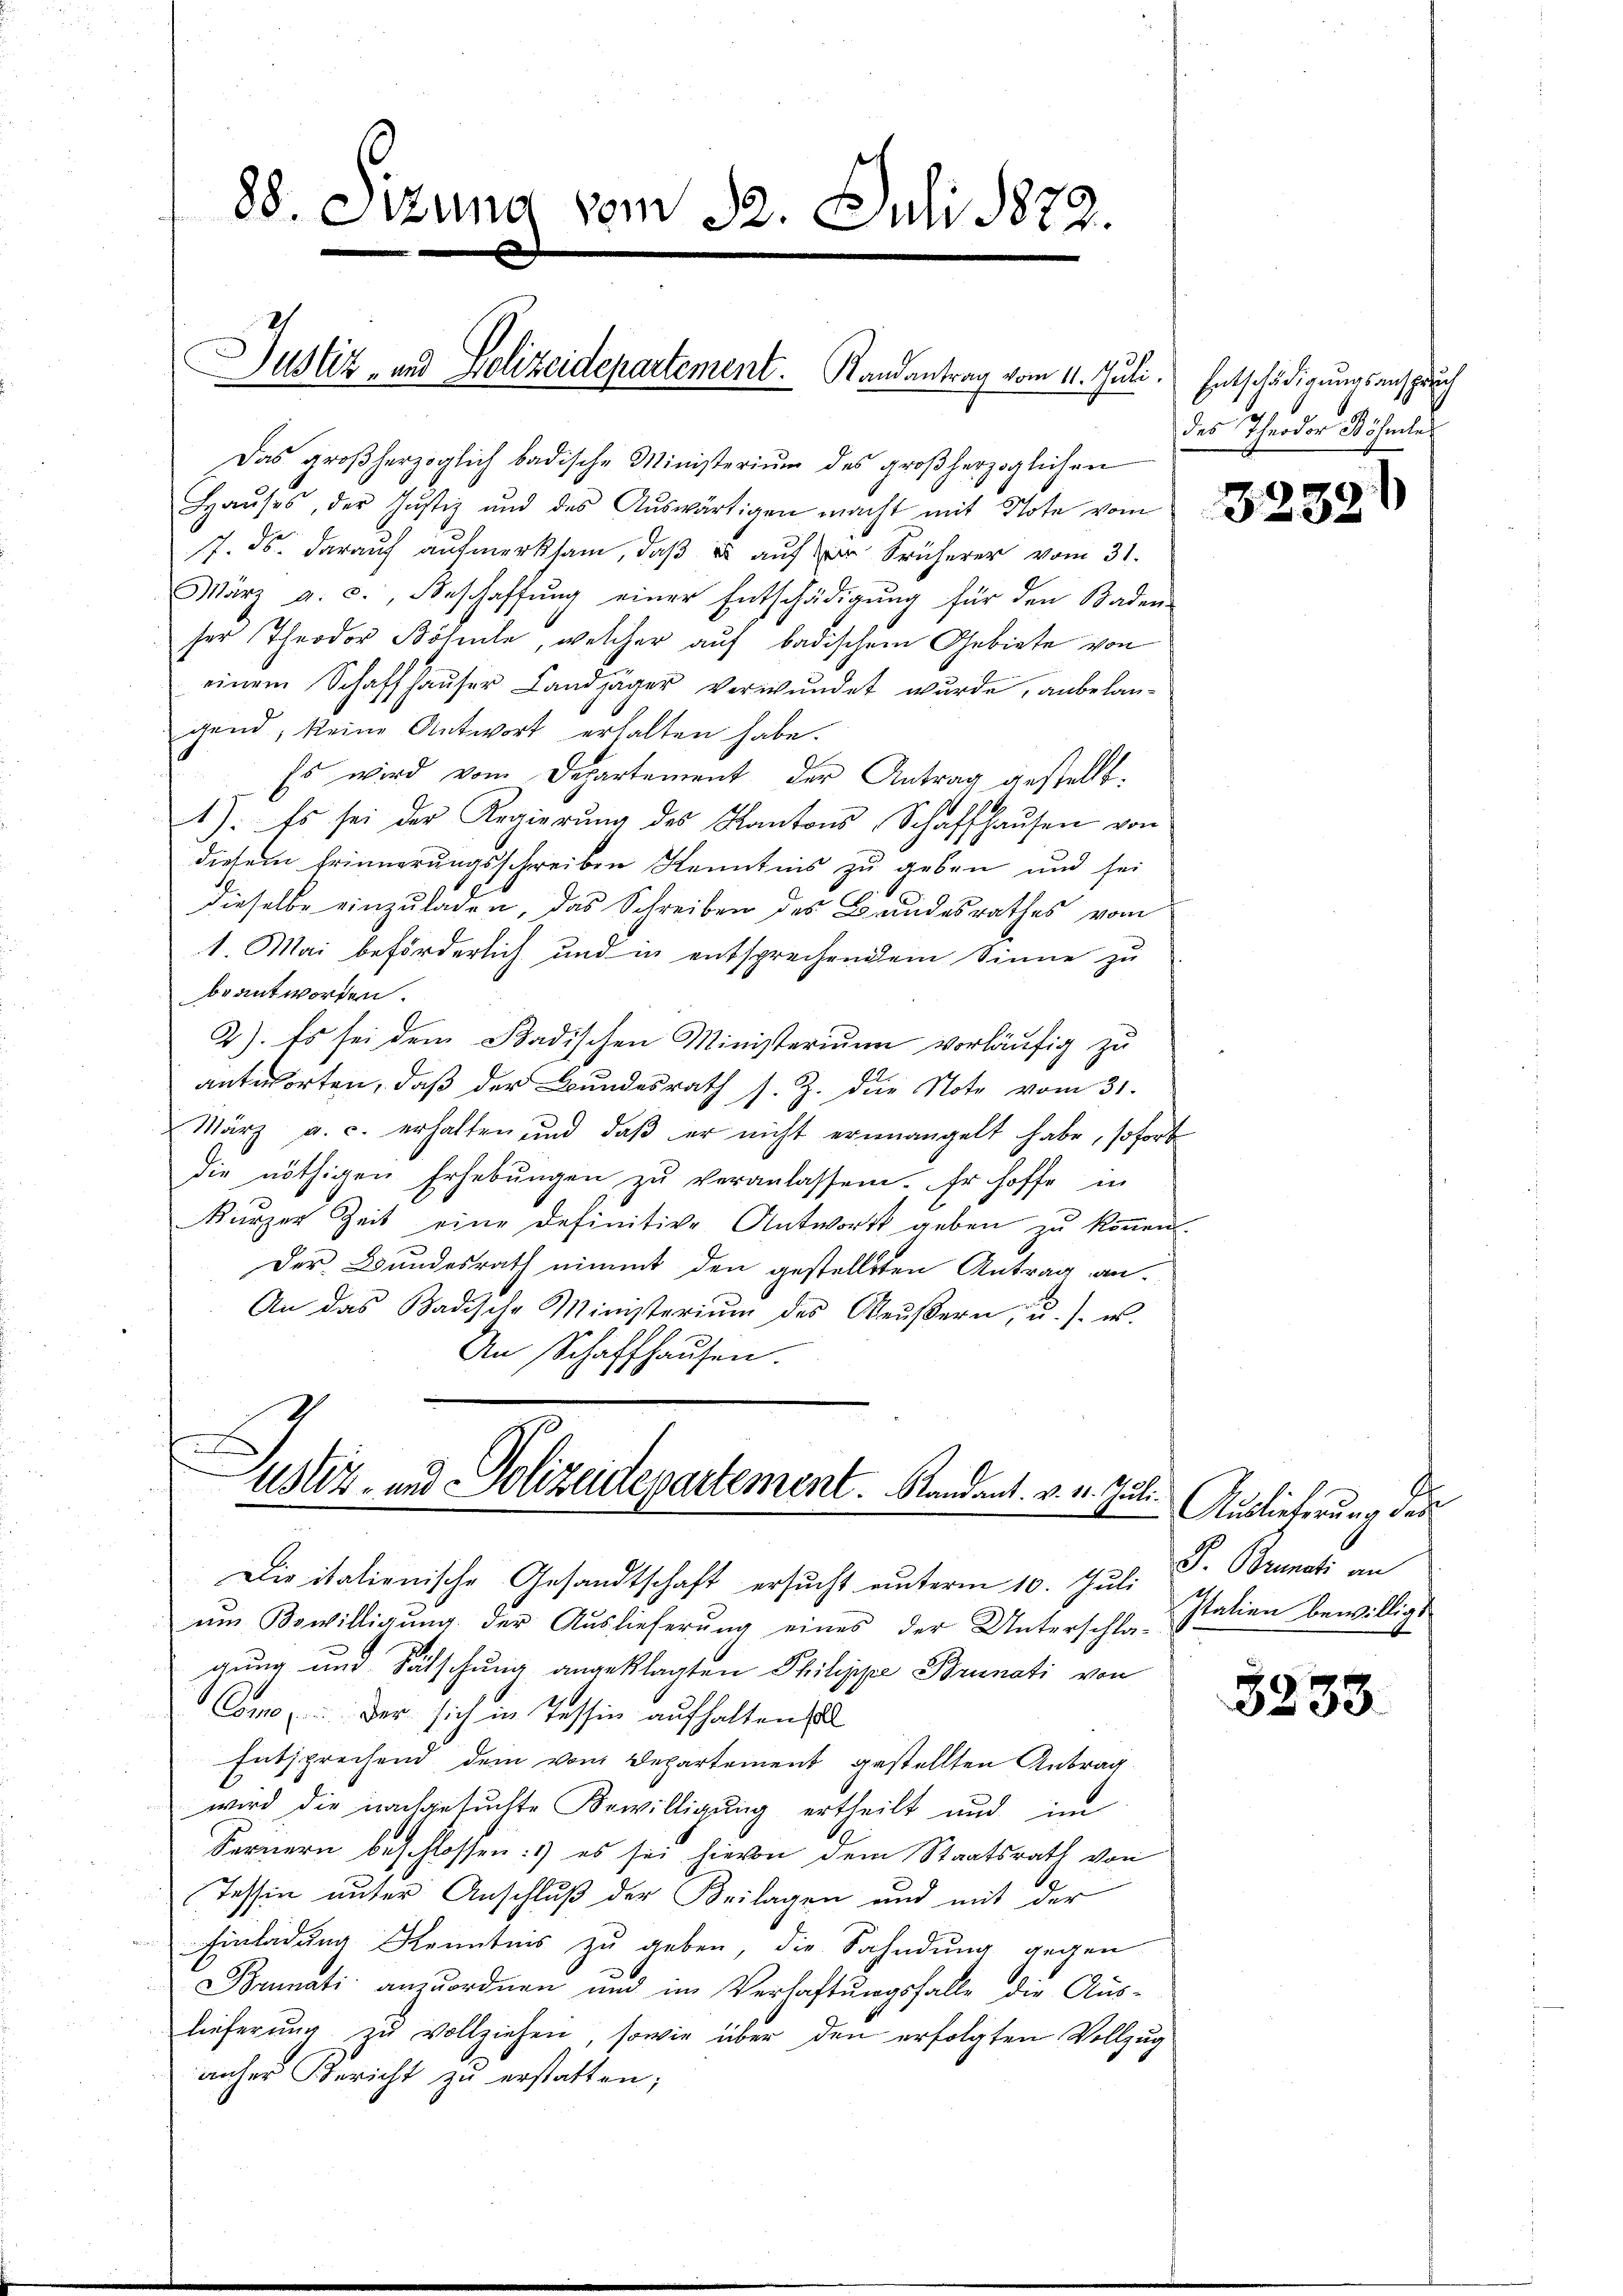
88. Sizung vom 12. Juli 1822.

Justiz- und Polizeidepartement.   Randantrag vom 11. Juli.

Das großherzoglich badische Ministerium des großherzoglichen
Haŭses, der Justiz und des Aŭswärtigen macht mit Note vom 28
17. ds. darauf aufmerksam, daß es auf er Früherer vom 31.
März a. c., Beschaffŭng einer Entschädigŭng für den Baden-
ser Theodor Böhle, welcher auf badischem Gebiete von
einem Schaffhauser Landjäger verwundet wurde, anbelangend, keine Antwort erhalten habe.
.
Es wird vom Departement der Antrag gestellt.
1). Es sei der Regierŭng des Kantons Schaffhausen von
diesem Erinnerungsschreiben Kenntnis zu geben und sei
dieselbe einzuladen, das Schreiben des Bundesrathes vom
1. Mai beförderlich und in entsprechendem Sinne zu
beant worden.
2). Es sei dem Badischen Ministerium vorläufig zu
antworten, daß der Bundesrath s. Z. die Note vom 31.
März a. c. erhalten und daβ er nicht erŭnangelt habe, soforts
die nöthigen Erhebŭngen zŭ veranlassen. Er hoffe in
kürzer Zeit eine Definitive Antwort geben zŭ köṅen.
Der Bundesrath nimmt den gestellten Antrag an¬
An das Badische Ministerium des Neŭβern u. s. es
An Schaffhausen.

s
Justiz- und Polizeidepartement. Randant. v. 4. Juli.

Entschädigungsanspruch
des Theodor Wöhnches

Die italienische Gesandtschaft ersucht unterm 10. Juli
ein Bewilligŭng der Auslieferung eines der Unterschla-Italien bewilligt
gung und Fälschung angeklagten Philippe Brunati von
Como der sich in Tessin aufhalten soll
Entsprechend dem vom Departement gestellten Antrag.
wird die nachgesuchte Bewilligung ertheilt und im
Fernern beschlossen: es sei hievon dem Staatsrath von
Tessin unter Anschluß der Beilagen und mit der
Einladung Kenntnis zu geben, die Sahndung gegen
Bumati anzuordnen und im Verhaftungsfalle die Aus-
lieferung zu vollziehen, sowie über den erfolgten Vollzug
anher Bericht zu erstatten;

Auslieferŭng des
S. Brunati an

3233.